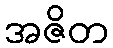
အဇိတ